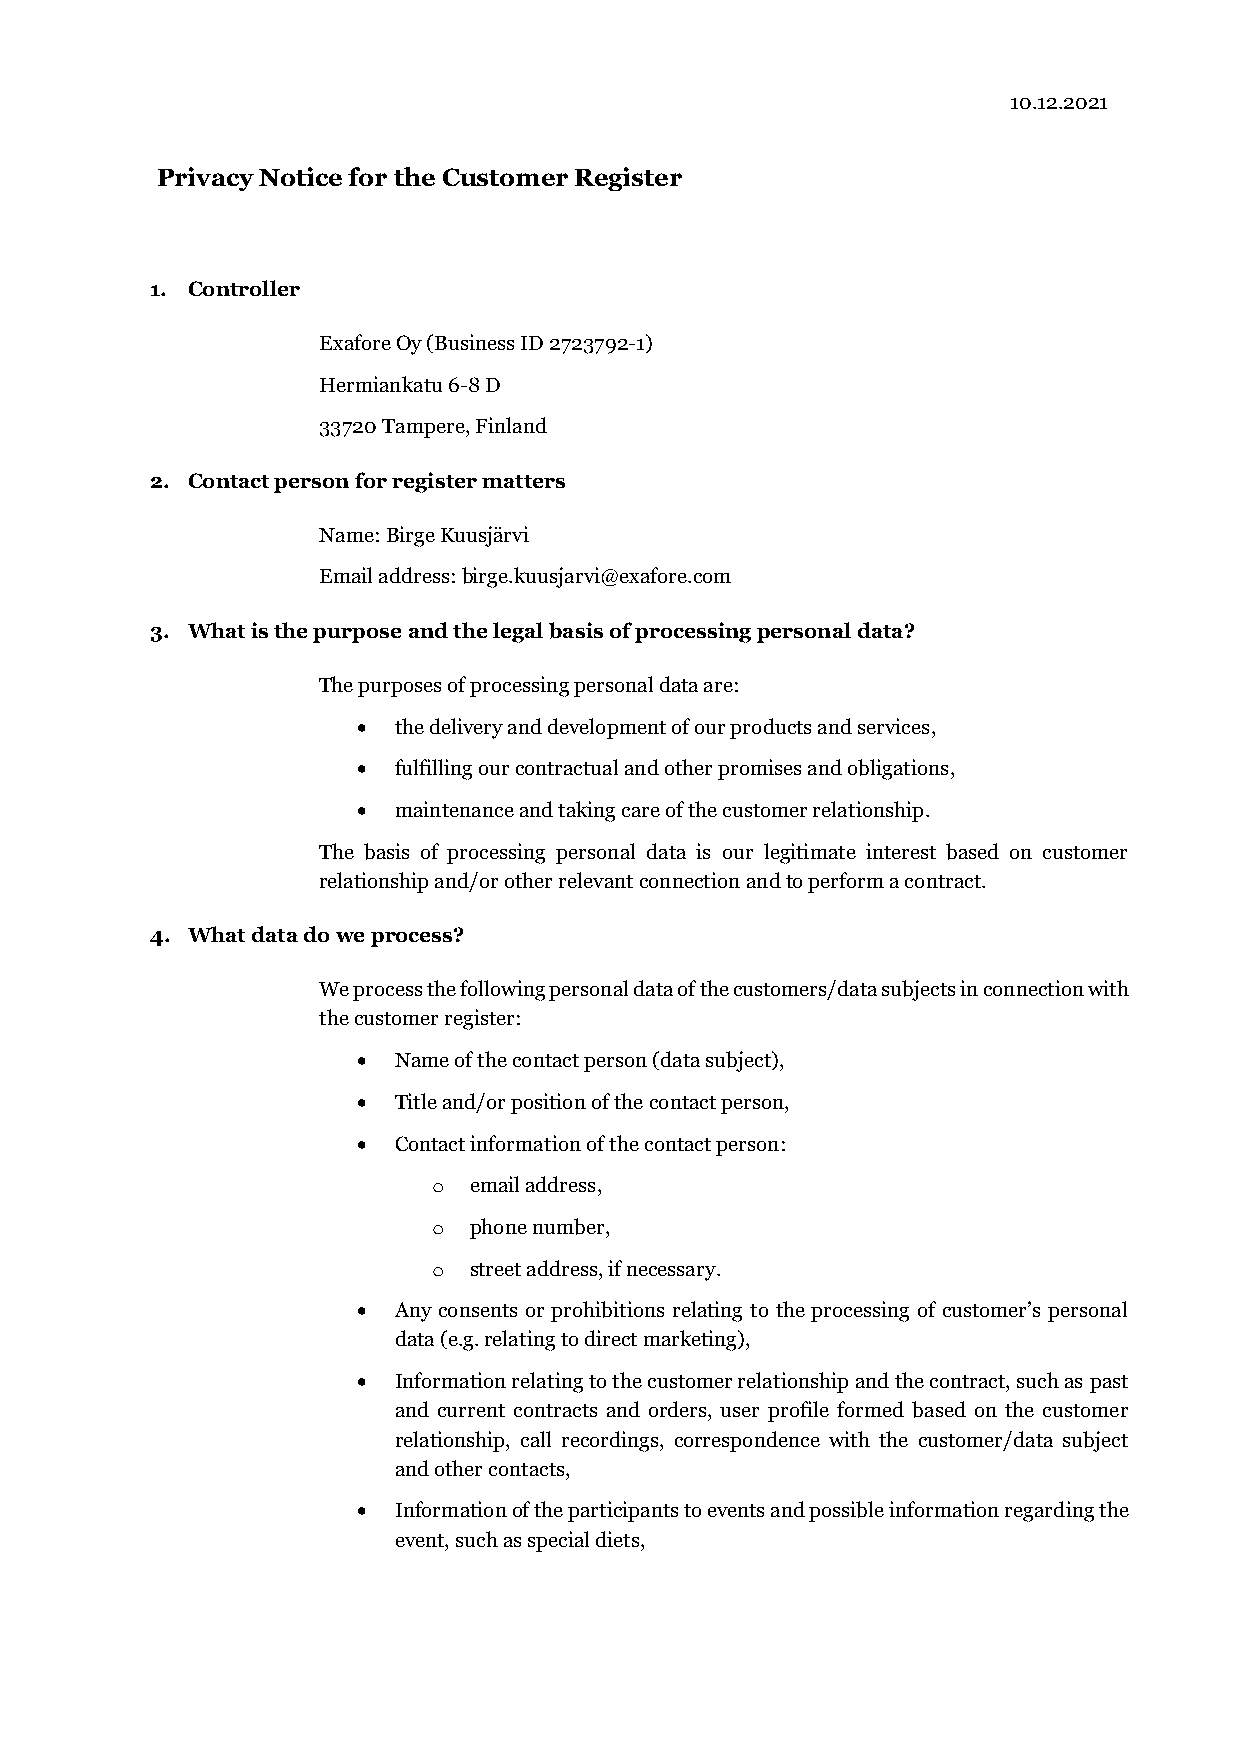
10.12.2021
 Privacy Notice for the Customer Register
 1. Controller
 Exafore Oy (Business ID 2723792-1)
 Hermiankatu 6-8 D
 33720 Tampere, Finland
 2. Contact person for register matters
 Name: Birge Kuusjärvi
 Email address: birge.kuusjarvi@exafore.com
 3. What is the purpose and the legal basis of processing personal data?
 The purposes of processing personal data are:
 • the delivery and development of our products and services,
 • fulfilling our contractual and other promises and obligations,
 • maintenance and taking care of the customer relationship.
 The basis of processing personal data is our legitimate interest based on customer
 relationship and/or other relevant connection and to perform a contract.
 4. What data do we process?
 We process the following personal data of the customers/data subjects in connection with
 the customer register:
 • Name of the contact person (data subject),
 • Title and/or position of the contact person,
 • Contact information of the contact person:
 o email address,
 o phone number,
 o street address, if necessary.
 • Any consents or prohibitions relating to the processing of customer’s personal
 data (e.g. relating to direct marketing),
 • Information relating to the customer relationship and the contract, such as past
 and current contracts and orders, user profile formed based on the customer
 relationship, call recordings, correspondence with the customer/data subject
 and other contacts,
 • Information of the participants to events and possible information regarding the
 event, such as special diets,